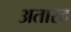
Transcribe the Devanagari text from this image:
अतारद